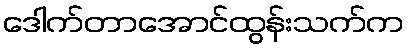
ဒေါက်တာအောင်ထွန်းသက်က